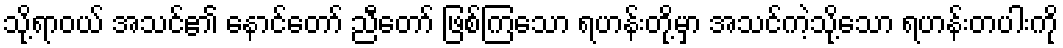
သို့ရာဝယ် အသင်၏ နောင်တော် ညီတော် ဖြစ်ကြသော ရဟန်းတို့မှာ အသင်ကဲ့သို့သော ရဟန်းတပါးကို